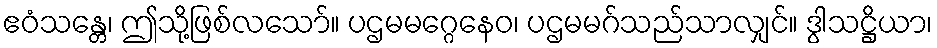
ဧဝံသန္တေ၊ ဤသို့ဖြစ်လသော်။ ပဌမမဂ္ဂေနေဝ၊ ပဌမမဂ်သည်သာလျှင်။ ဒွါသဋ္ဌိယာ၊